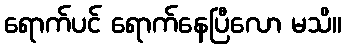
ရောက်ပင် ရောက်နေပြီလော မသိ။